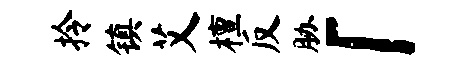
拎镇艾檀反胁「